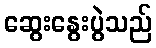
ဆွေးနွေးပွဲသည်